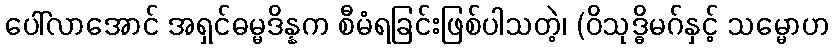
ပေါ်လာအောင် အရှင်ဓမ္မဒိန္နက စီမံရခြင်းဖြစ်ပါသတဲ့၊ (ဝိသုဒ္ဓိမဂ်နှင့် သမ္မောဟ